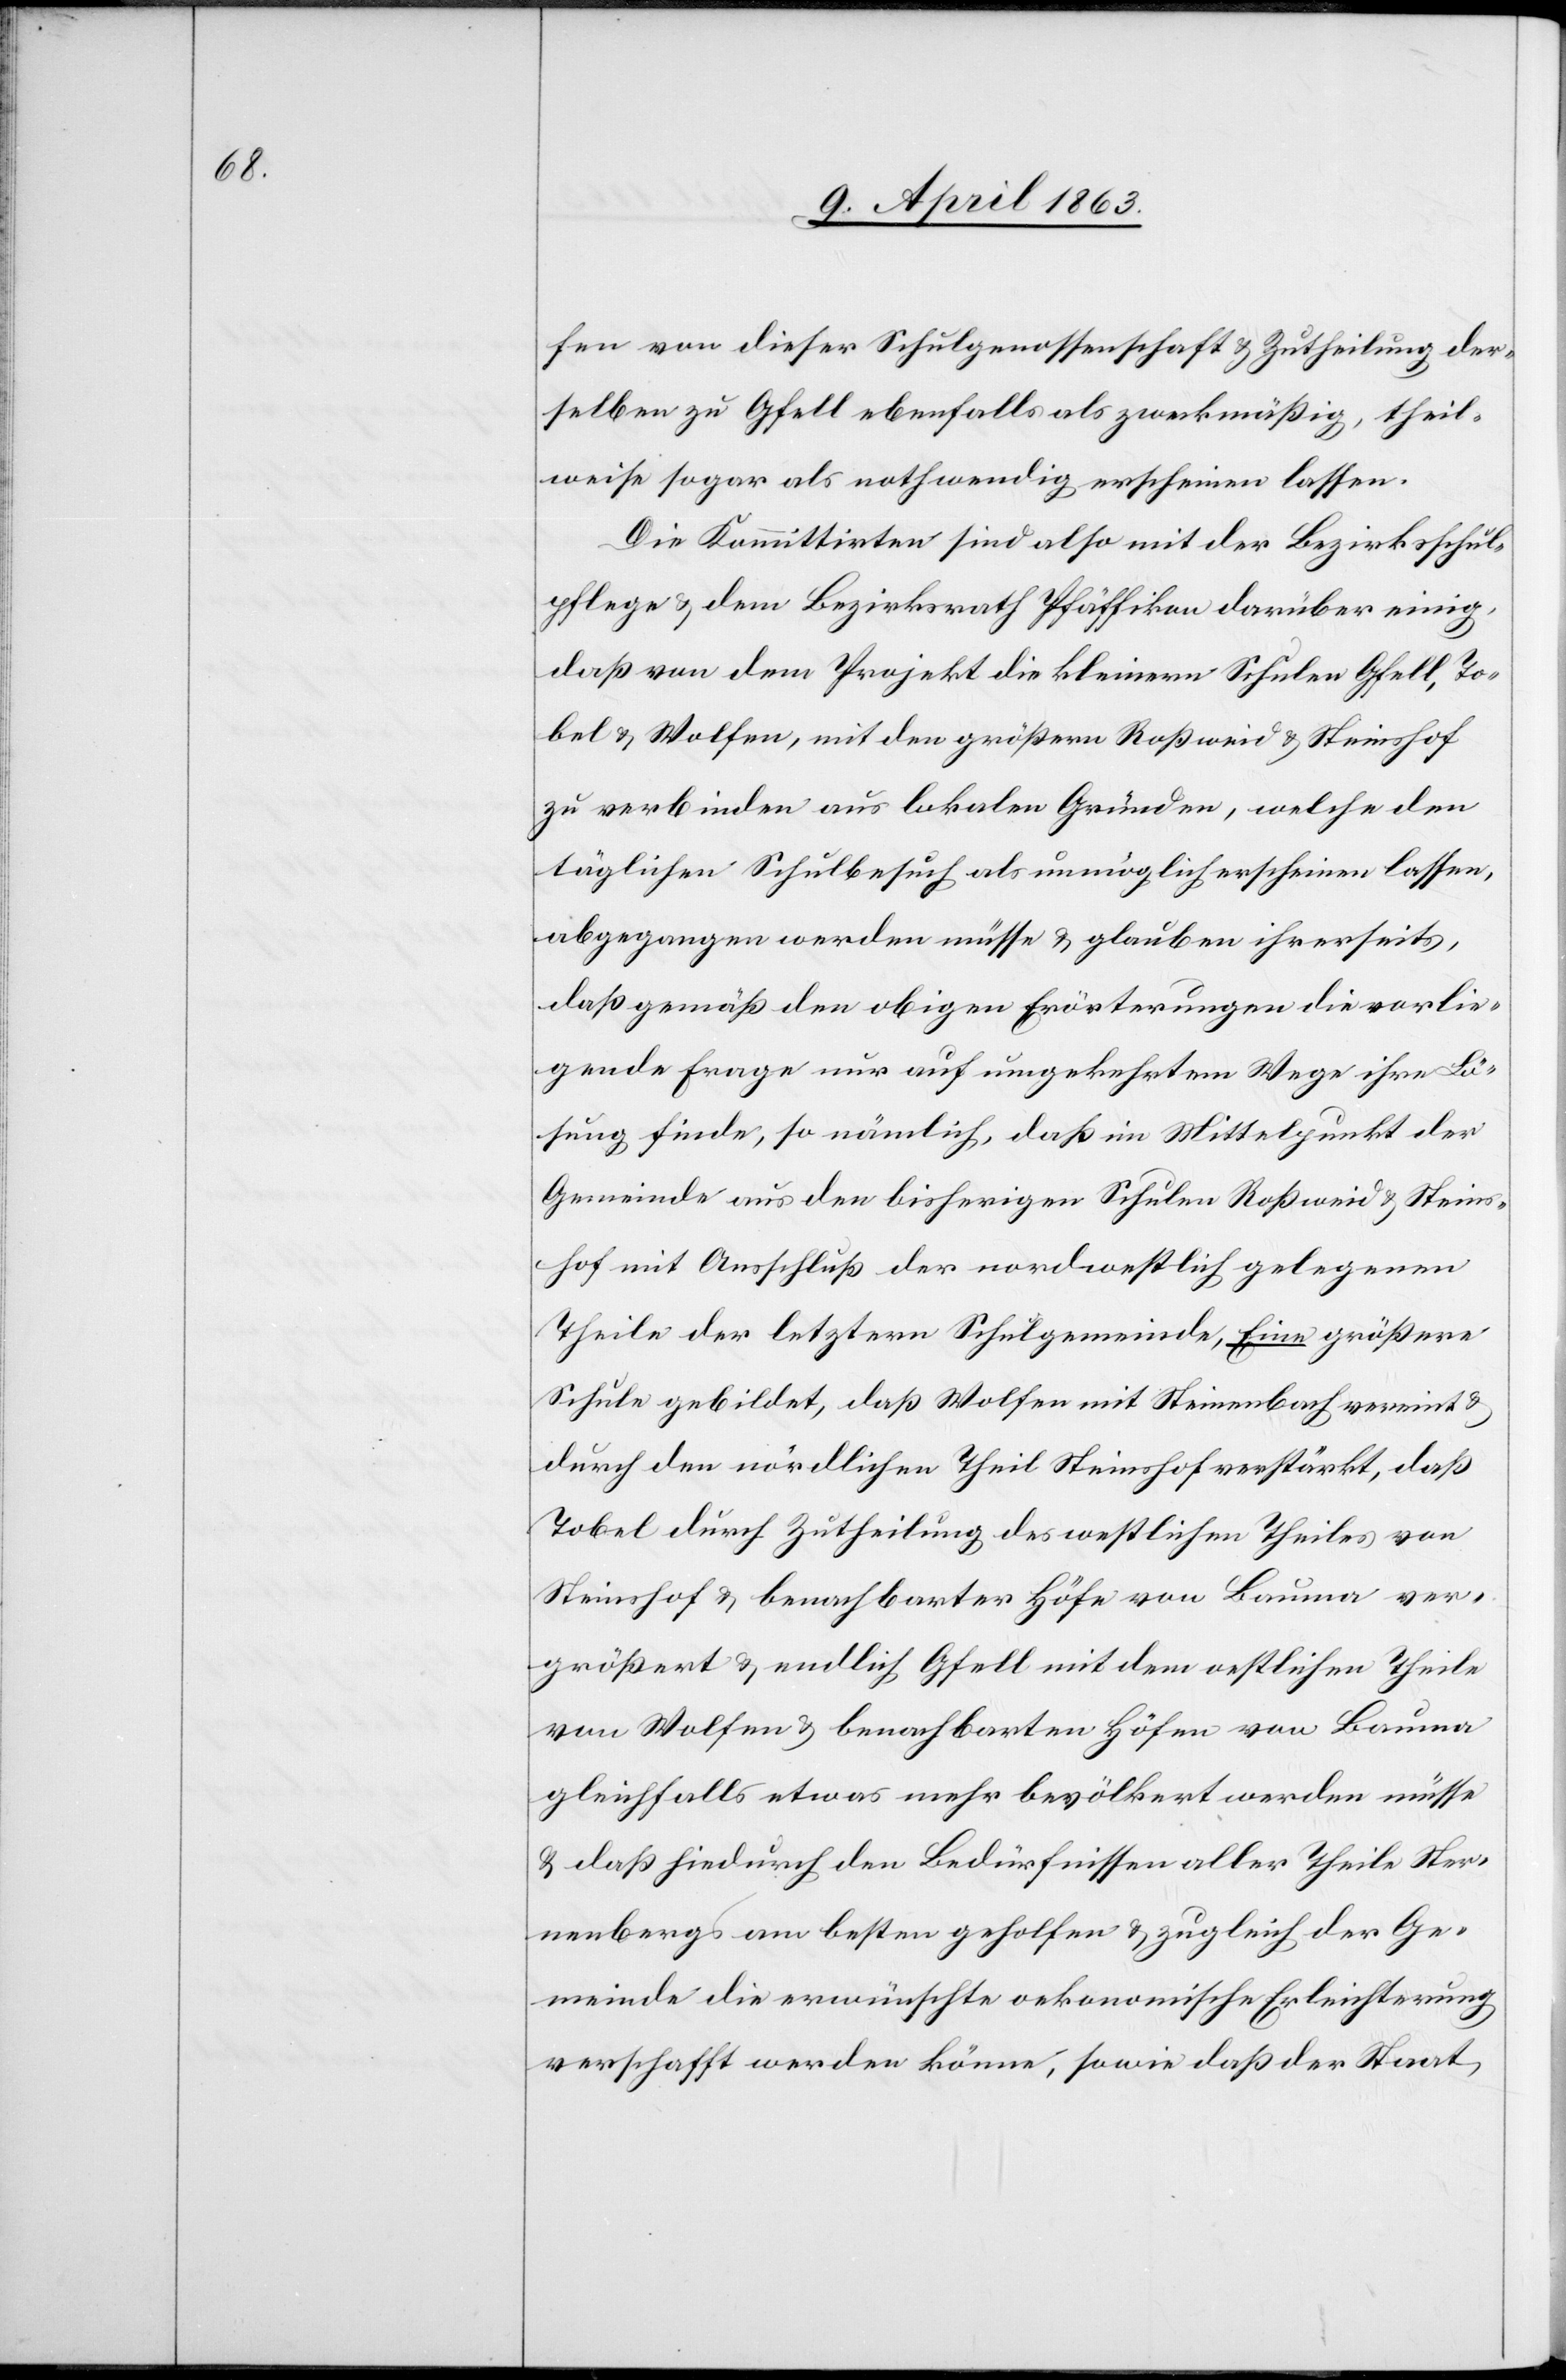
hof

fen von dieser Schulgenossenschaft & Zutheilung der¬
selben zu Gfell ebenfalls als zweckmäßig, theil¬
weise sogar als nothwendig erscheinen lassen.
Die Kommittirten sind also mit der Bezirksschul¬
pflege & dem Bezirksrath Pfäffikon darüber einig,
daß von dem Projekt die kleinern Schulen Gfell, To¬
bel & Wolfen, mit den größern Roßweid & Steinshof
zu verbinden aus lokalen Gründen, welche den
täglichen Schulbesuch als unmöglich erschienen lassen,
abgegangen werden müsse & glauben ihrerseits,
daß gemäß den obigen Erörterungen die vorlie¬
gende Frage nur auf umgekehrtem Wege ihre Lö¬
sung finde, so nämlich, daß im Mittelpunkt der
Gemeinde aus den bisherigen Schulen Roßweid & Steins¬
Theile der letztern Schulgemeinde, Eine größere
Schule gebildet, daß Wolfen mit Steinenbach vereint &
durch den nördlichen Theil Steinshof verstärkt, daß
Tobel durch Zutheilung des westlichen Theiles von
Steinshof & benachbarter Höfe von Bauma ver¬
größert & endlich Gfell mit dem oestlichen Theile
von Wolfen & benachbarten Höfen von Bauma
gleichfalls etwas mehr bevölkert werden müsse
& daß hiedurch den Bedürfnissen aller Theile Ster¬
nenbergs am besten geholfen & zugleich der Ge¬
meinde die erwünschte oekonomische Erleichterung
verschafft werden könne, sowie daß der Staat